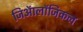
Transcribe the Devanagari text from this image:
जिऑलॉजिकल